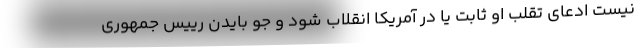
نیست ادعای تقلب او ثابت یا در آمریکا انقلاب شود و جو بایدن رییس جمهوری